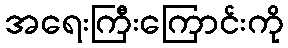
အရေးကြီးကြောင်းကို